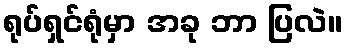
ရုပ်ရှင်ရုံမှာ အခု ဘာ ပြလဲ။